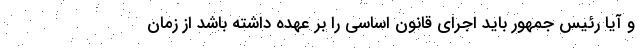
و آیا رئیس جمهور باید اجرای قانون اساسی را بر عهده داشته باشد از زمان